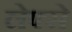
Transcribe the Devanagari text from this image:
लेफ्से